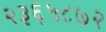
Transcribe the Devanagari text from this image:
२३६५८७२